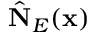
\hat { \bf N } _ { E } ( { \bf x } )